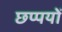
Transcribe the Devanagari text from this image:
छप्पयों